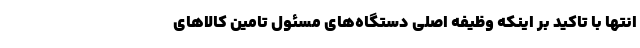
انتها با تاکید بر اینکه وظیفه اصلی دستگاه‌های مسئول تامین کالاهای